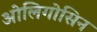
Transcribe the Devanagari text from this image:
ओलिगोसिन